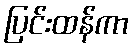
ပြင်းထန်ကာ